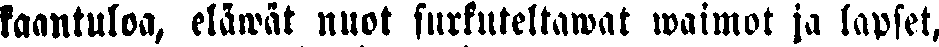
kaantuloa, eläwät nuot surkuttelewat waimot ja lapset,